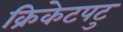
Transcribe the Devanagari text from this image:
क्रिकेटपटु